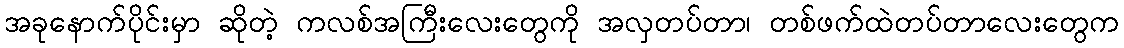
အခုနောက်ပိုင်းမှာ ဆိုတဲ့ ကလစ်အကြီးလေးတွေကို အလှတပ်တာ၊ တစ်ဖက်ထဲတပ်တာလေးတွေက